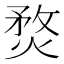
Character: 𤋄